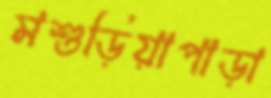
মশুড়িয়াপাড়া